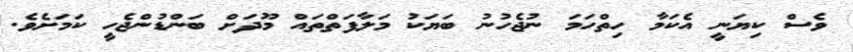
ވެސް ކިޔަނީ އެކަމާ ހިތްހަމަ ނުޖެހުނު ބަޔަކު މަލާފަތްތައް މޫދަށް ބަންޑުންޖެހީ ކަމަށެވެ.